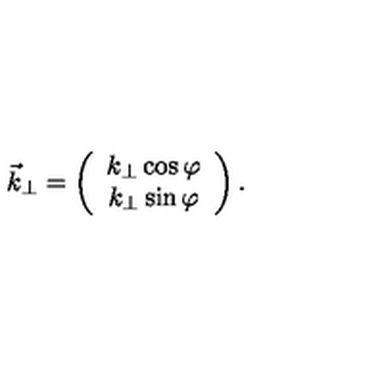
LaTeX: \vec { k } _ { \perp } = \left( \begin{array} { c } { k _ { \perp } \cos \varphi } \\ { k _ { \perp } \sin \varphi } \\ \end{array} \right) .